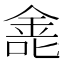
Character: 𫒐